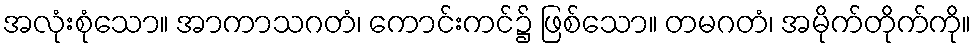
အလုံးစုံသော။ အာကာသဂတံ၊ ကောင်းကင်၌ ဖြစ်သော။ တမဂတံ၊ အမိုက်တိုက်ကို။